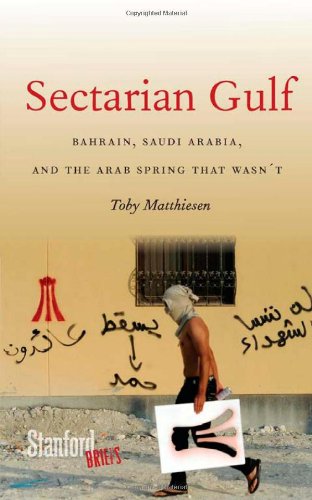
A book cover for Sectarian Gulf: Bahrain, Saudi Arabia, and the Arab Spring That Wasn't (Stanford Briefs); Toby Matthiesen; History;